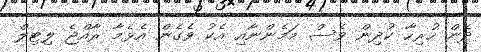
ދެން ހުރިހާ ކުދިން ވެސް މަމެންނާއި އެކު ވެގެން އެޅެމާ ރާއްޖެ ލިޓިލް